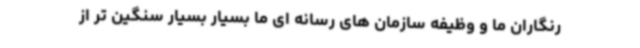
رنگاران ما و وظیفه سازمان های رسانه ای ما بسیار بسیار سنگین تر از